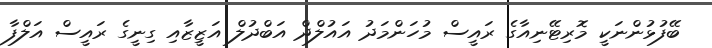
ބޭފުޅުންނަކީ މޮރިޓޭނިއާގެ ރައީސް މުހަންމަދު އައުލްދް އަބްދުލް އަޒީޒާއި ގިނީގެ ރައީސް އަލްފާ